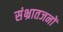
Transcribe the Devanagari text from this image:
संभ्रातजनों